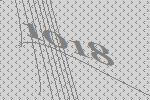
1018